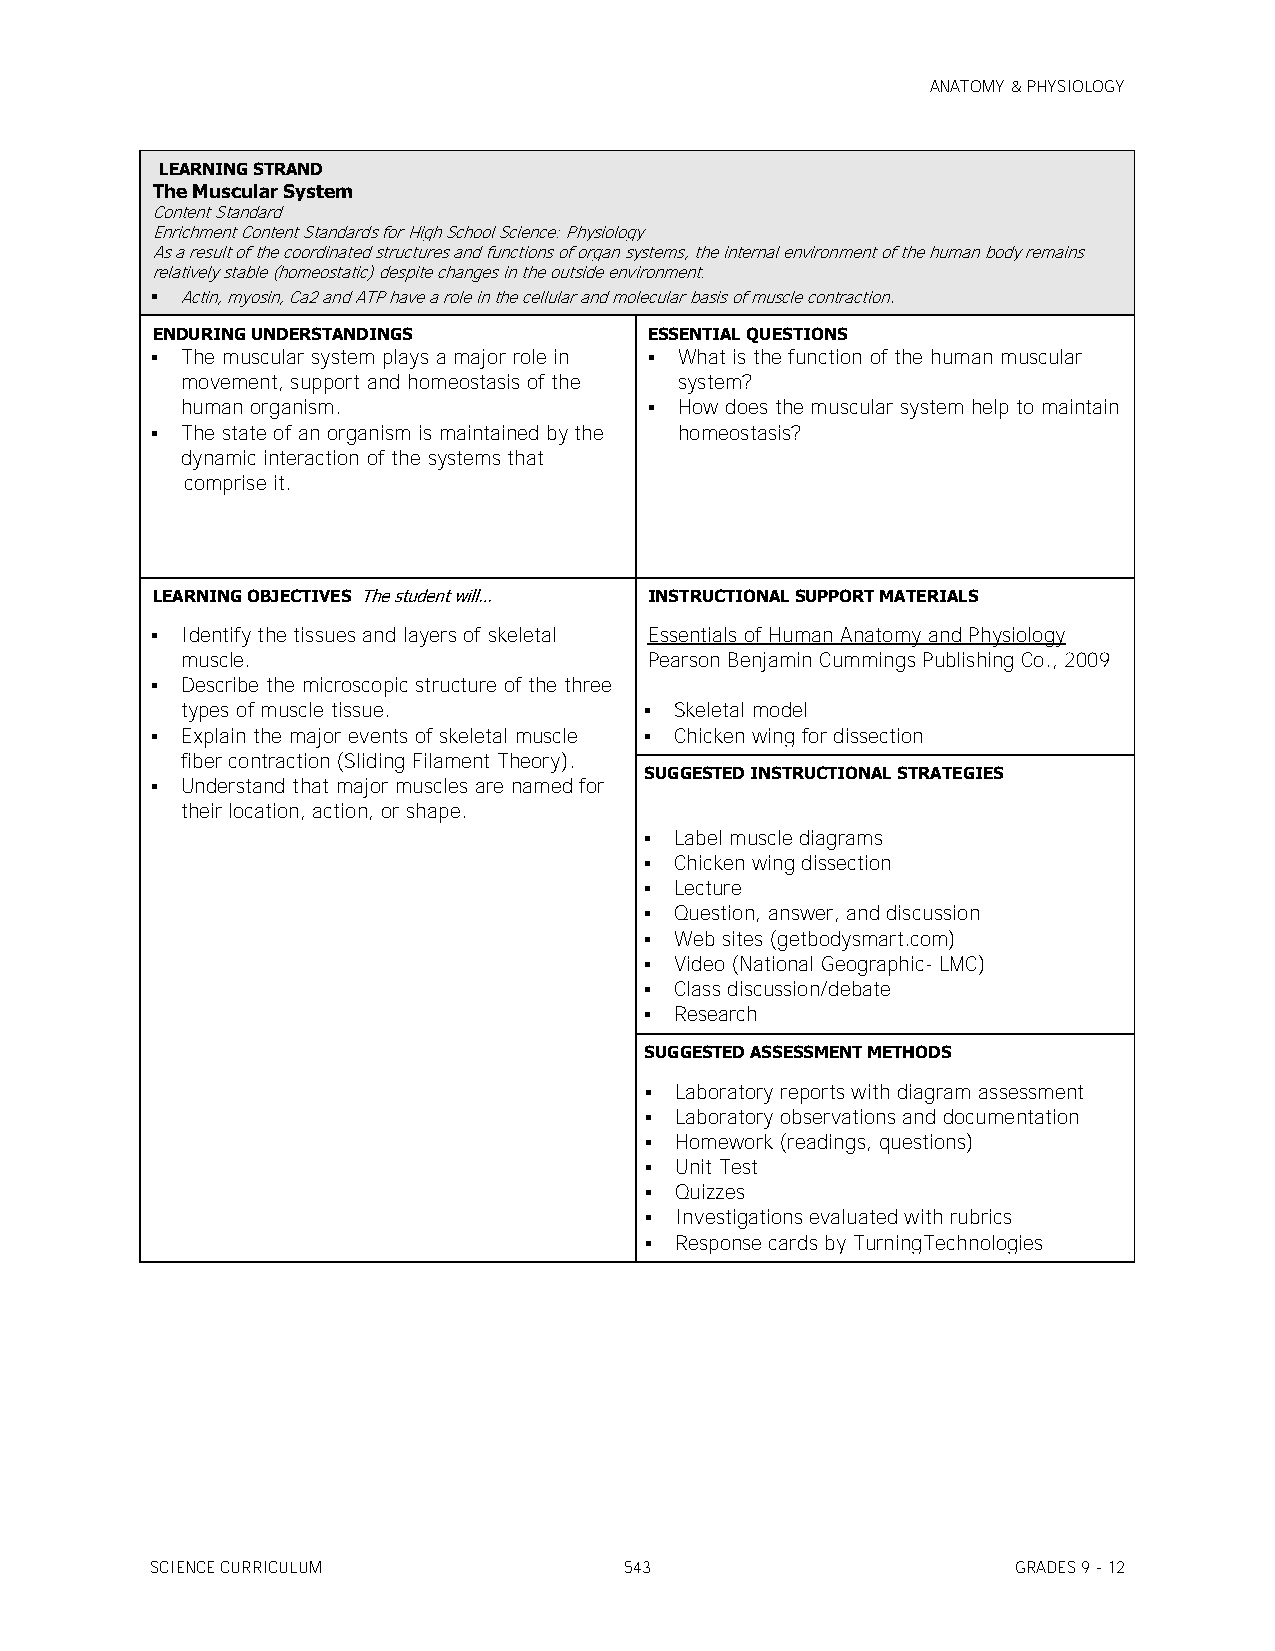
ANATOMY & PHYSIOLOGY
 LEARNING STRAND
 The Muscular System
 Content Standard
 Enrichment Content Standards for High School Science: Physiology
 As a result of the coordinated structures and functions of organ systems, the internal environment of the human body remains
 relatively stable (homeostatic) despite changes in the outside environment.
  Actin, myosin, Ca2 and ATP have a role in the cellular and molecular basis of muscle contraction.
 ENDURING UNDERSTANDINGS          ESSENTIAL QUESTIONS
  The muscular system plays a major role in  What is the function of the human muscular
 movement, support and homeostasis of the system?
 human organism.                 How does the muscular system help to maintain
  The state of an organism is maintained by the homeostasis?
 dynamic interaction of the systems that
 comprise it.
 LEARNING OBJECTIVES The student will… INSTRUCTIONAL SUPPORT MATERIALS
  Identify the tissues and layers of skeletal Essentials of Human Anatomy and Physiology
 muscle.                        Pearson Benjamin Cummings Publishing Co., 2009
  Describe the microscopic structure of the three
 types of muscle tissue.         Skeletal model
  Explain the major events of skeletal muscle  Chicken wing for dissection
 fiber contraction (Sliding Filament Theory).
 SUGGESTED INSTRUCTIONAL STRATEGIES
  Understand that major muscles are named for
 their location, action, or shape.
  Label muscle diagrams
  Chicken wing dissection
  Lecture
  Question, answer, and discussion
  Web sites (getbodysmart.com)
  Video (National Geographic- LMC)
  Class discussion/debate
  Research
 SUGGESTED ASSESSMENT METHODS
  Laboratory reports with diagram assessment
  Laboratory observations and documentation
  Homework (readings, questions)
  Unit Test
  Quizzes
  Investigations evaluated with rubrics
  Response cards by TurningTechnologies
 SCIENCE CURRICULUM             543                       GRADES 9 - 12